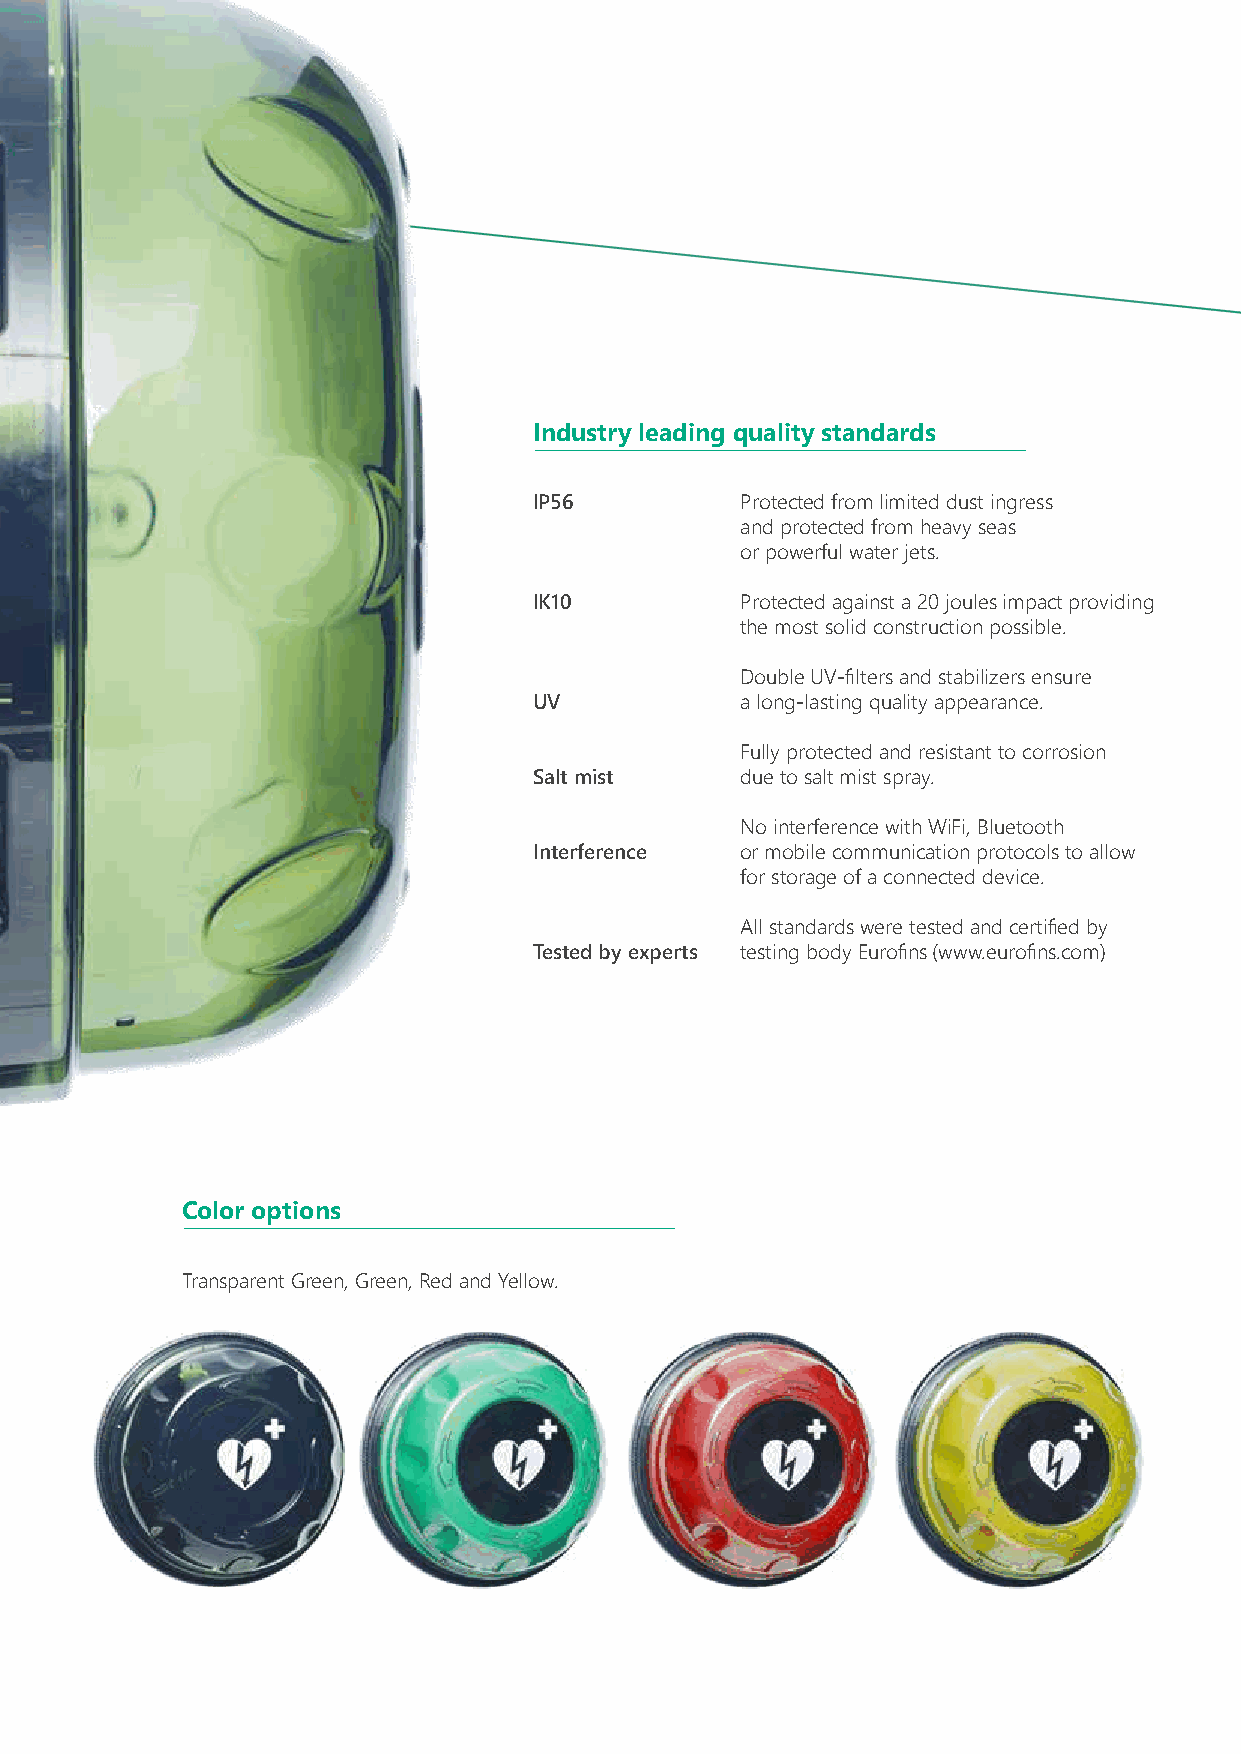
Industry leading quality standards
 IP56          Protected from limited dust ingress
 and protected from heavy seas
 or powerful water jets.
 IK10          Protected against a 20 joules impact providing
 the most solid construction possible.
 Double UV-filters and stabilizers ensure
 UV            a long-lasting quality appearance.
 Fully protected and resistant to corrosion
 Salt mist     due to salt mist spray.
 No interference with WiFi, Bluetooth
 Interference  or mobile communication protocols to allow
 for storage of a connected device.
 All standards were tested and certified by
 Tested by experts testing body Eurofins (www.eurofins.com)
 Color options
 Transparent Green, Green, Red and Yellow.